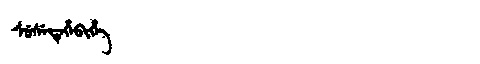
Manchu: ᠰᡠᠰᡝᡩᡝᡥᡝᠪᡳᡥᡝ
Romanization: SUSEDEHEBIHE